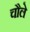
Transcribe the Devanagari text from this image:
चौले